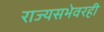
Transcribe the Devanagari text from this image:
राज्यसभेवरही